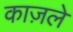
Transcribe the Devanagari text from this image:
काज़ले